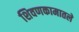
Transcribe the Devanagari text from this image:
शिवणकामातले